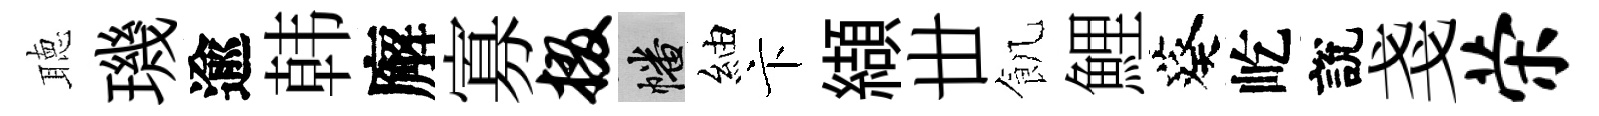
聴璣逾韩廨寡掇幡紬卞纈丗飢鯉葵屹說戔荣